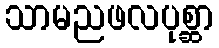
သာမညဖလပုစ္ဆာ